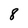
Character: 8